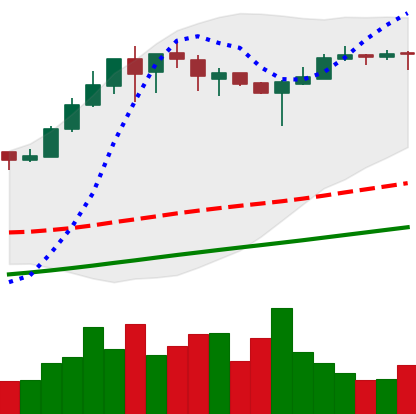
Ticker: BTC-USD
Chart end date: 2017-08-28
Forward return: 4.475%
Label: up_3_5